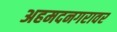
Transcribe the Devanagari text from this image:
अहमदनगरावर